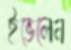
ইভেলেন